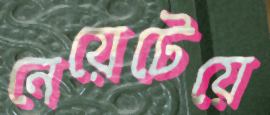
নেয়েটেয়ে